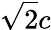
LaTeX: \sqrt{2}c